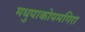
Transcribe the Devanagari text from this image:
मधुपाकोपमगिरा